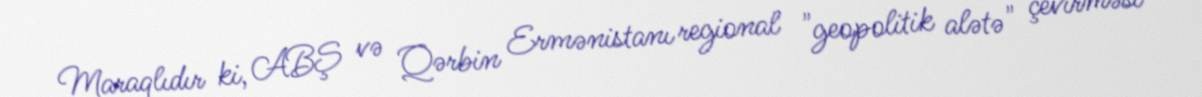
Maraqlıdır ki, ABŞ və Qərbin Ermənistanı regional "geopolitik alətə" çevirməsi